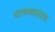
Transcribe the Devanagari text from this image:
चाणक्यशतक